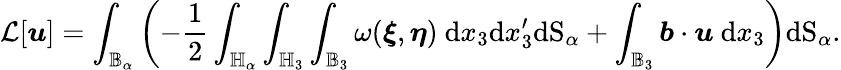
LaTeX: \mathcal{L}[\boldsymbol{u}]=\int_{\mathbb{B}_{\alpha}}\left(-\frac{1}{2}\int_{\mathbb{H}_{\alpha}}\int_{\mathbb{H}_{3}}\int_{\mathbb{B}_{3}}\omega(\boldsymbol{\xi},\boldsymbol{\eta})\ \textup{d}x_{3}\textup{d}x_{3}^{\prime}\textup{dS}_{\alpha}+\int_{\mathbb{B}_{3}}\boldsymbol{b}\cdot\boldsymbol{u}\ \textup{d}x_{3}\right)\textup{dS}_{\alpha}.